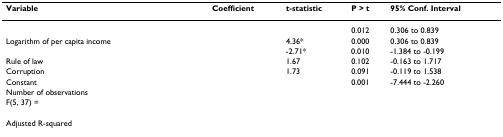
<table><thead><tr><td><b>Variable</b></td><td><b>Coefficient</b></td><td><b>t-statistic</b></td><td><b>P &gt; t</b></td><td><b>95% Conf. Interval</b></td></tr></thead><tbody><tr><td>[EMPTY_CELL]</td><td>[EMPTY_CELL]</td><td>[EMPTY_CELL]</td><td>0.012</td><td>0.306 to 0.839</td></tr><tr><td>Logarithm of per capita income</td><td>[EMPTY_CELL]</td><td>4.36*</td><td>0.000</td><td>0.306 to 0.839</td></tr><tr><td>[EMPTY_CELL]</td><td>[EMPTY_CELL]</td><td>-2.71*</td><td>0.010</td><td>-1.384 to -0.199</td></tr><tr><td>Rule of law</td><td>[EMPTY_CELL]</td><td>1.67</td><td>0.102</td><td>-0.163 to 1.717</td></tr><tr><td>Corruption</td><td>[EMPTY_CELL]</td><td>1.73</td><td>0.091</td><td>-0.119 to 1.538</td></tr><tr><td>Constant</td><td>[EMPTY_CELL]</td><td>[EMPTY_CELL]</td><td>0.001</td><td>-7.444 to -2.260</td></tr><tr><td>Number of observations</td><td colspan="4">[EMPTY_CELL]</td></tr><tr><td>F(5, 37) =</td><td colspan="4">[EMPTY_CELL]</td></tr><tr><td>[EMPTY_CELL]</td><td colspan="4">[EMPTY_CELL]</td></tr><tr><td>Adjusted R-squared</td><td colspan="4">[EMPTY_CELL]</td></tr></tbody></table>